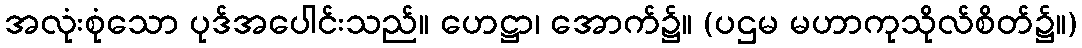
အလုံးစုံသော ပုဒ်အပေါင်းသည်။ ဟေဋ္ဌာ၊ အောက်၌။ (ပဌမ မဟာကုသိုလ်စိတ်၌။)